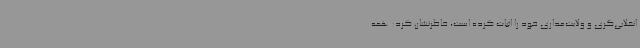
انقلابی‌گری و ولایت‌مداری خود را اثبات کرده است، خاطرنشان کرد: همه